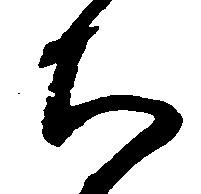
ち